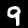
Digit: 9